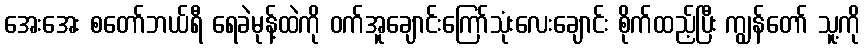
အေးအေး စတော်ဘယ်ရီ ရေခဲမုန့်ထဲကို ဝက်အူချောင်းကြော်သုံးလေးချောင်း စိုက်ထည့်ပြီး ကျွန်တော် သူ့ကို